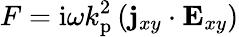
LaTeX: F=\mathrm{i}\omega\textit{k}_{\mathrm{p}}^{2}\left(\mathbf{j}_{xy}\cdot\mathbf{E}_{xy}\right)